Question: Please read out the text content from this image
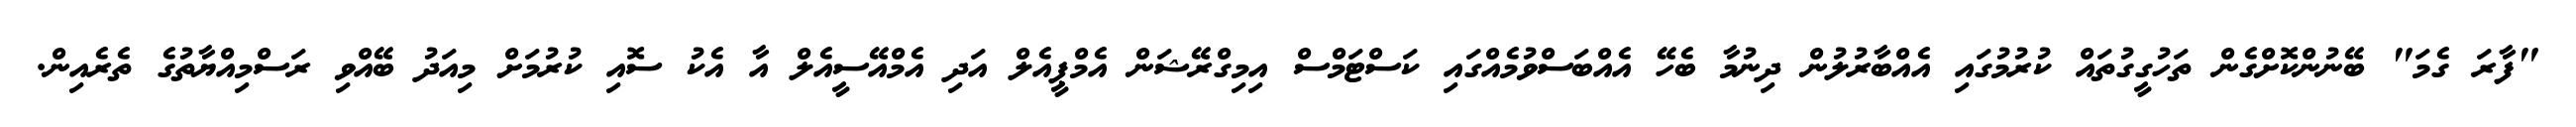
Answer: "ފާރަ ގެމަ" ބޭނުންކޮށްގެން ތަހުގީގުތައް ކުރުމުގައި އެއްބާރުލުން ދިނުމާ ބެހޭ އެއްބަސްވުމެއްގައި ކަސްޓަމްސް އިމިގްރޭޝަން އެމްޕީއެލް އަދި އެމްއޭސީއެލް އާ އެކު ސޮއި ކުރުމަށް މިއަދު ބޭއްވި ރަސްމިއްޔާތުގެ ތެރެއިން.